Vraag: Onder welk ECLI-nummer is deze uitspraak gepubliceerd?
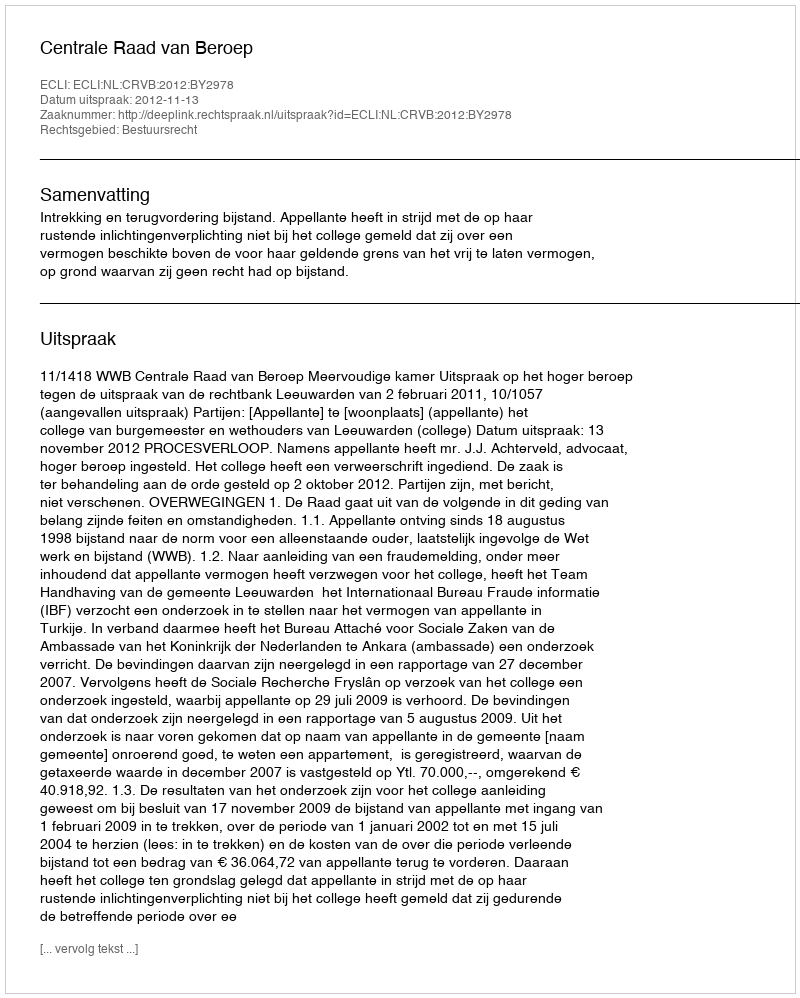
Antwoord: ECLI:NL:CRVB:2012:BY2978